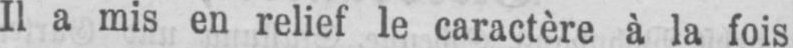
Il a mis en relief le caractère à la fois